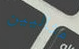
مثاليين